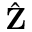
\hat { \textbf { Z } }